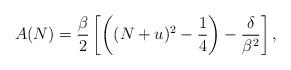
LaTeX: \begin{align*} A(N) =\frac{\beta}{2}\left[ \left((N+u)^{2}-\frac{1}{4}\right)-\frac{\delta}{\beta^{2}}\right],\end{align*}